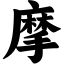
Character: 摩